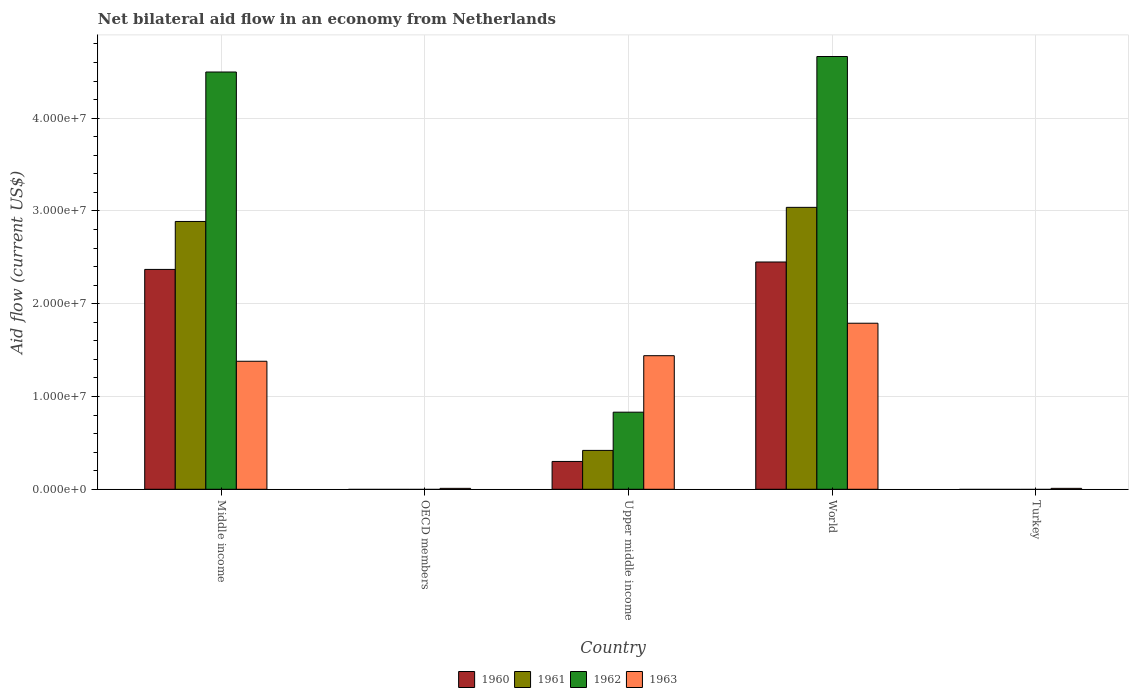
| Country | 1960 | 1961 | 1962 | 1963 |
 | --- | --- | --- | --- | --- |
 | Middle income | 2.37e+07 | 2.89e+07 | 4.5e+07 | 1.38e+07 |
 | OECD members | -4e+05 | -6.1e+05 | -6.1e+05 | 1e+05 |
 | Upper middle income | 3e+06 | 4.19e+06 | 8.31e+06 | 1.44e+07 |
 | World | 2.45e+07 | 3.04e+07 | 4.66e+07 | 1.79e+07 |
 | Turkey | -6e+05 | -6.1e+05 | -6.1e+05 | 1e+05 |